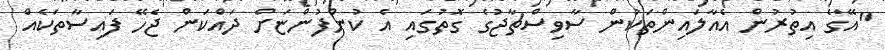
"އޭގެ އިތުރުން އެއާލައިންތަކުން ސާވިސްޗާޖުގެ ގޮތުގައި އެ ކުންފުންޏަށް ދައްކަން ޖެހޭ ފައިސާތަކެއް